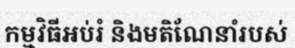
កម្មវិធីអប់រំ និងមតិណែនាំរបស់